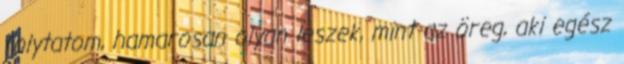
folytatom, hamarosan olyan leszek, mint az öreg, aki egész